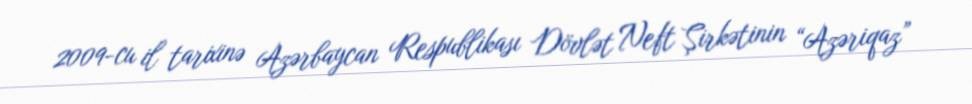
2009-cu il tarixinə Azərbaycan Respublikası Dövlət Neft Şirkətinin “Azəriqaz”